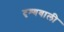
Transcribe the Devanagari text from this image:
दृश्यवाली